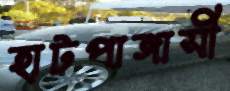
হাটপাঙ্গাসী